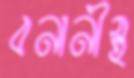
বনানীস্থ